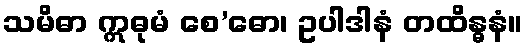
သမိဓာ ဣဓုမံ စေ’ဓော၊ ဥပါဒါနံ တထိန္ဓနံ။